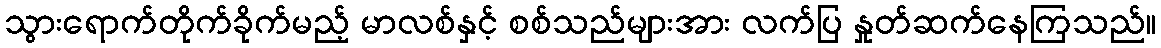
သွားရောက်တိုက်ခိုက်မည့် မာလစ်နှင့် စစ်သည်များအား လက်ပြ နှုတ်ဆက်နေကြသည်။